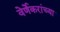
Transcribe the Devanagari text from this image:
वेर्णेकरांच्या